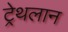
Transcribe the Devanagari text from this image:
ट्रेथलान